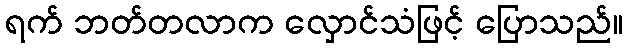
ရက် ဘတ်တလာက လှောင်သံဖြင့် ပြောသည်။